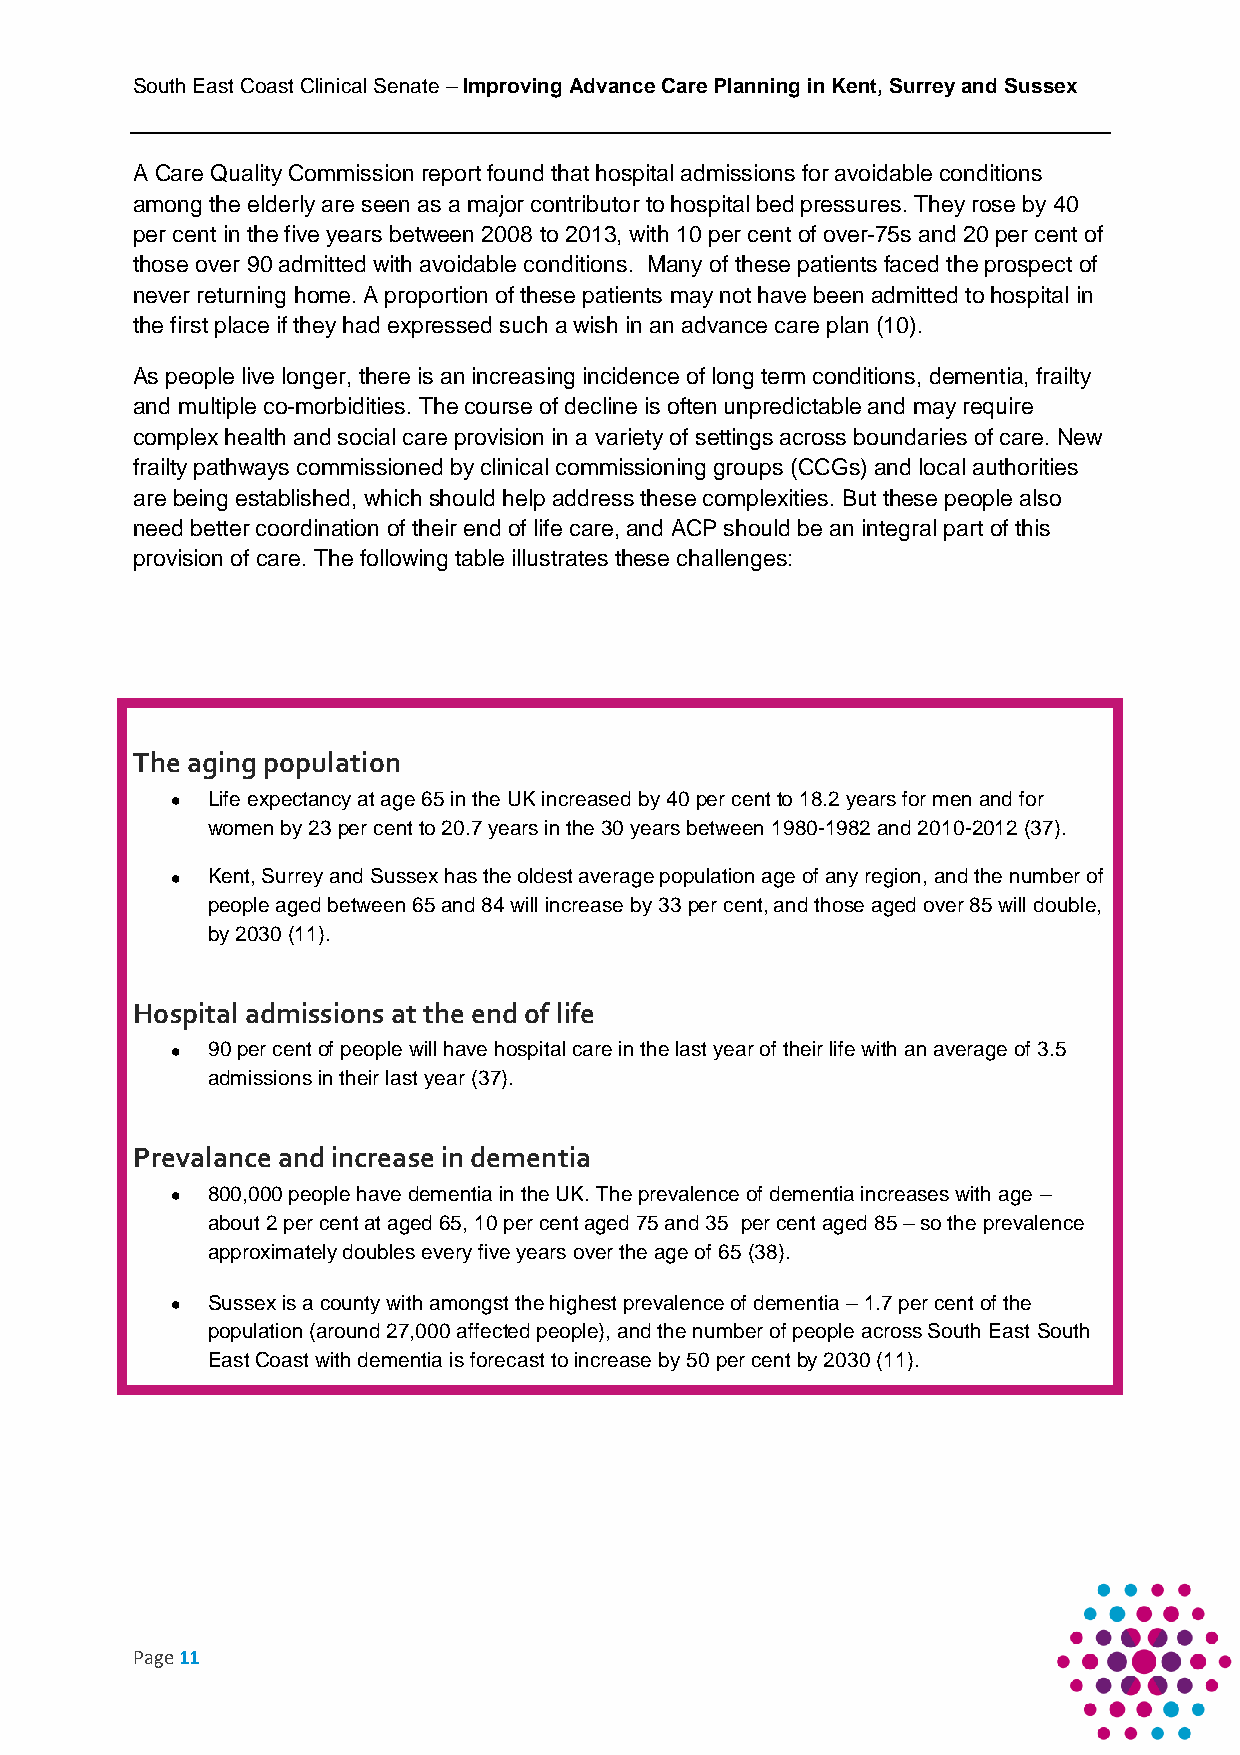
South East Coast Clinical Senate – Improving Advance Care Planning in Kent, Surrey and Sussex
 A Care Quality Commission report found that hospital admissions for avoidable conditions
 among the elderly are seen as a major contributor to hospital bed pressures. They rose by 40
 per cent in the five years between 2008 to 2013, with 10 per cent of over-75s and 20 per cent of
 those over 90 admitted with avoidable conditions. Many of these patients faced the prospect of
 never returning home. A proportion of these patients may not have been admitted to hospital in
 the first place if they had expressed such a wish in an advance care plan (10).
 As people live longer, there is an increasing incidence of long term conditions, dementia, frailty
 and multiple co-morbidities. The course of decline is often unpredictable and may require
 complex health and social care provision in a variety of settings across boundaries of care. New
 frailty pathways commissioned by clinical commissioning groups (CCGs) and local authorities
 are being established, which should help address these complexities. But these people also
 need better coordination of their end of life care, and ACP should be an integral part of this
 provision of care. The following table illustrates these challenges:
 The aging population
   Life expectancy at age 65 in the UK increased by 40 per cent to 18.2 years for men and for
 women by 23 per cent to 20.7 years in the 30 years between 1980-1982 and 2010-2012 (37).
   Kent, Surrey and Sussex has the oldest average population age of any region, and the number of
 people aged between 65 and 84 will increase by 33 per cent, and those aged over 85 will double,
 by 2030 (11).
 Hospital admissions at the end of life
   90 per cent of people will have hospital care in the last year of their life with an average of 3.5
 admissions in their last year (37).
 Prevalance and increase in dementia
   800,000 people have dementia in the UK. The prevalence of dementia increases with age –
 about 2 per cent at aged 65, 10 per cent aged 75 and 35 per cent aged 85 – so the prevalence
 approximately doubles every five years over the age of 65 (38).
   Sussex is a county with amongst the highest prevalence of dementia – 1.7 per cent of the
 population (around 27,000 affected people), and the number of people across South East South
 East Coast with dementia is forecast to increase by 50 per cent by 2030 (11).
 Page 11